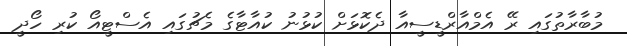
މުބާރާތުގައި ރޭ އެމްއާރްޑީސީއާ ދެކޮޅަށް ކުޅުނު ކުއާޓާގެ މެޗުގައި އެސްޓީއޯ ކުރި ހޯދީ